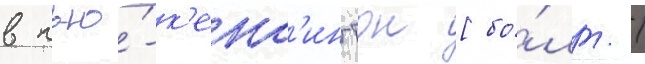
в нью́-к'енс'ингтон [бо́лг. /